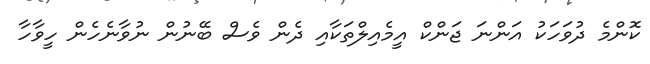
ކޮންމެ ދުވަހަކު އަންނަ ޖަންކް އީމެއިލްތަކާއި ދެން ވެސް ބޭނުން ނުވާނެހެން ހީވާހާ